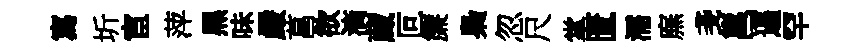
寫圻宦萍黑味嚴菖欲滴蔵叵簾梟忽尺掌匱濡廡戔邕逼罕